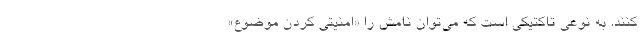
کنند. به نوعی تاکتیکی است که می‌توان نامش را «امنیتی کردن موضوع»